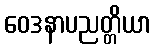
ဝေဒနာပညတ္တိယာ